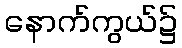
နောက်ကွယ်၌